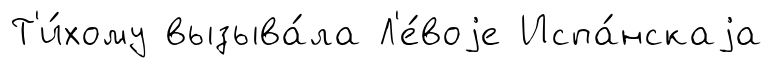
Т'и́хому вызыва́ла Л'е́воjе Испа́нскаjа